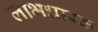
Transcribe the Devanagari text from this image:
लाभधारक